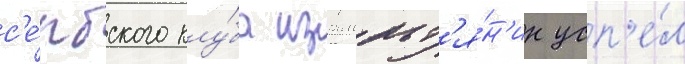
с'е́рбского клу́ба израильт'я́н'ин усп'е́л